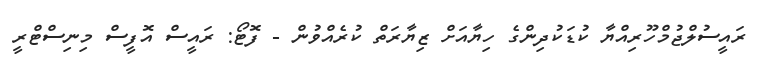
ރައީސުލްޖުމްހޫރިއްޔާ ކުޑަކުދިންގެ ހިޔާއަށް ޒިޔާރަތް ކުރެއްވުން - ފޮޓޯ: ރައީސް އޮފީސް މިނިސްޓްރީ